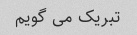
تبریک می گویم